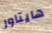
هايتاور